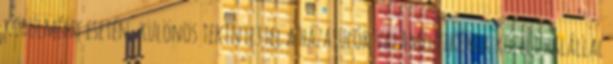
körülmény esetén, különös tekintettel a házasulók valamelyikének közeli halállal